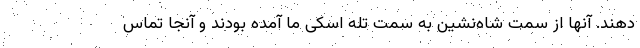
‌دهند. آنها از سمت شاه‌نشین به سمت تله اسکی ما آمده بودند و آنجا تماس